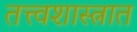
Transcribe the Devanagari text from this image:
तत्त्वशास्त्रात